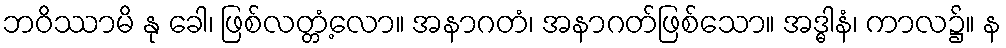
ဘဝိဿာမိ နု ခေါ၊ ဖြစ်လတ္တံ့လော။ အနာဂတံ၊ အနာဂတ်ဖြစ်သော။ အဒ္ဓါနံ၊ ကာလ၌။ န